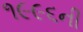
૧૯૯૬ની